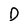
Character: D